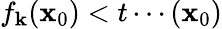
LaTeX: f_{\mathbf{k}}(\mathbf{x}_{0})<t\cdots(\mathbf{x}_{0})